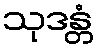
သုဒန္တံ